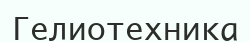
Гелиотехника